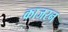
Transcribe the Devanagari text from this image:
काजरन